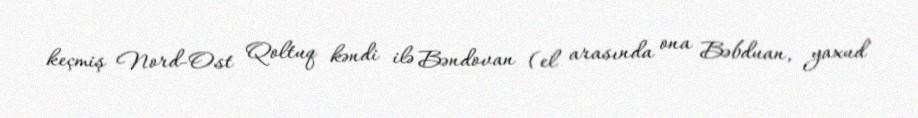
keçmiş Nord-Ost Qoltuq kəndi ilə Bəndovan (el arasında ona Bəbduan, yaxud